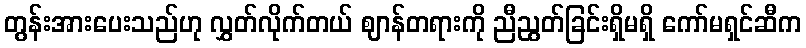
တွန်းအားပေးသည်ဟု လွှတ်လိုက်တယ် ဈာန်တရားကို ညီညွတ်ခြင်းရှိမရှိ ကော်မရှင်ဆီက